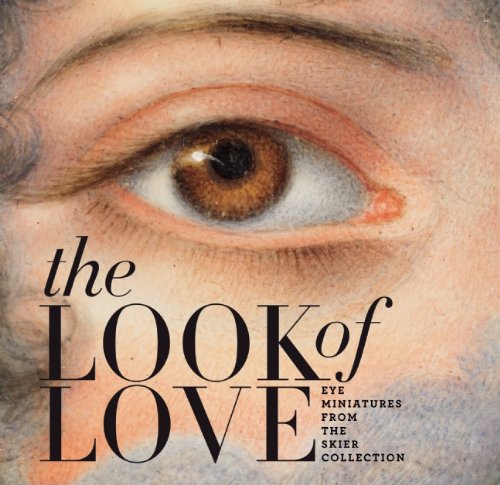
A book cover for The Look of Love: Eye Miniatures from the Skier Collection; Graham C. Boettcher; Crafts, Hobbies & Home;